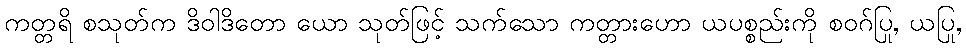
ကတ္တရိ စသုတ်က ဒိဝါဒိတော ယော သုတ်ဖြင့် သက်သော ကတ္တားဟော ယပစ္စည်းကို စဝဂ်ပြု, ယပြု,